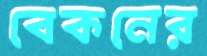
বেকনের